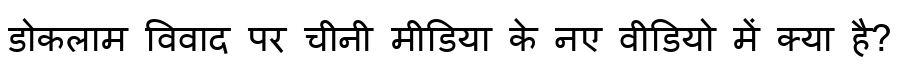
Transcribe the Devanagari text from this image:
डोकलाम विवाद पर चीनी मीडिया के नए वीडियो में क्या है?